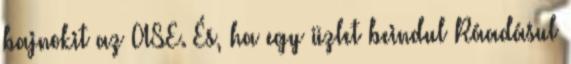
bajnokit az ASE. És, ha egy üzlet beindul Ráadásul